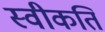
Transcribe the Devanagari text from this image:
स्वीकति